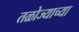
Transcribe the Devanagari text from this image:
तळोज्याच्या